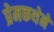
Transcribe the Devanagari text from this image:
प्रेमकथेने